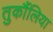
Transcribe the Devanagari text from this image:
तुर्कौलिया